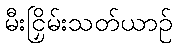
မီးငြှိမ်းသတ်ယာဉ်